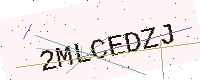
Text: 2MLCEDZJ